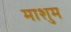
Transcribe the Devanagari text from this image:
माशुम